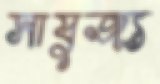
সাযুজ্য